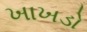
ખાખડો